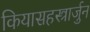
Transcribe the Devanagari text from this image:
कियासहस्त्रार्जुन